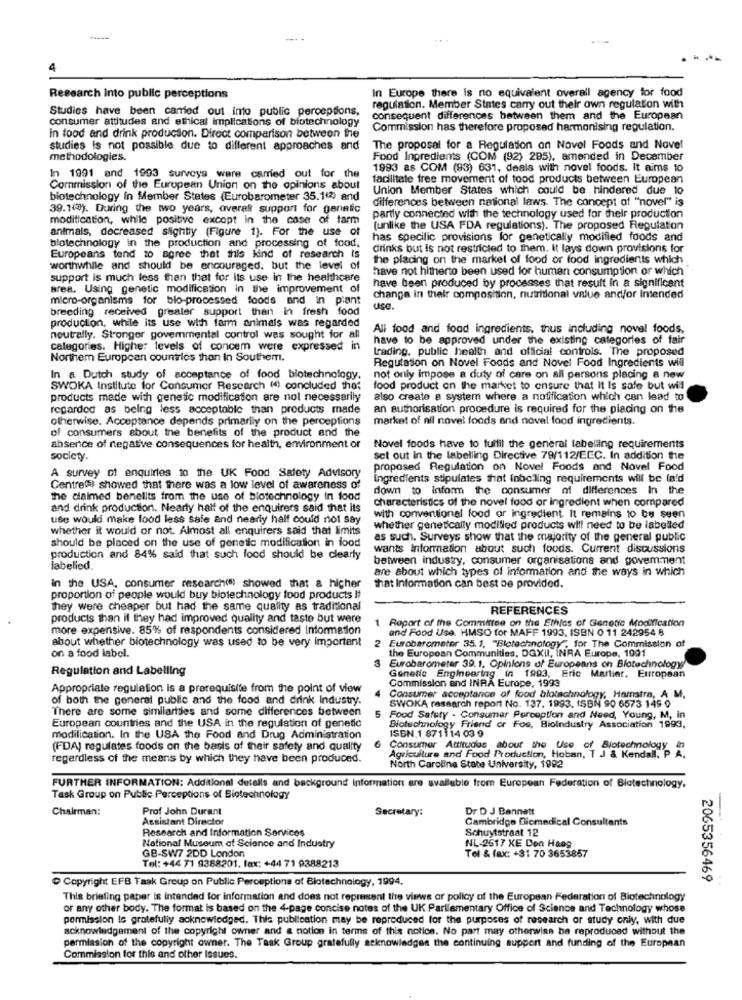
Research Into public perceptions
In Europe there is no equivalent overall agency for food
Studies have been carried out into public perceptions,
regulation. Member States carry out their own regulation with
consumer attitudes and ethical implications of biotechnology
consequent differences between them and the European
Commission has therefore proposed harmonising regulation.
in food and drink production. Direct comparison between the
studies is not possible due to different approaches and
The proposal for a Regulation on Novel Foods and Novel
methodologies.
Food Ingredients (COM (92) 285), amended in December
1993 as COM (93) 631, deals with novel foods. It aims to
In 1991 and 1993 surveys were carried out for the
facilitate free movement of tood products between European
Commission of the European Union on the opinions about
Union Member States which could be hindered due to
biotechnology in Member States (Eurobarometer 35.1(2) and
differences between national laws. The concept of "novel" is
39.1(3). During the two years, overalt support for ganafic
modification, while positive except in the case of farm
partly connected with the technology used for their production
animals, decreased slightly (Figure 1). For the use of
(unlike the USA FDA regulations). The proposed Regulation
blotechnology in the production and processing of food,
has specific provisions for genetically modified foods and
drinks but is not restricted to them. It lays down provisions for
Europeans tend to agree that this kind of research Is
the placing on the market of food or food ingredients which
worthwhile and should be encouraged, but the level of
have not hitherto been used for human consumption of which
support is much less than that for its use in the healthcare
area. Using genetic modification in the improvement of
have been produced by processes that result in a significant
micro-organisms for bio-processed foods and in piant
change in their composition, nutritional value and/or Intended
breeding received greater support than in fresh food
use.
production, while its use with farm animals was regarded
All food and food ingredients, thus including nova! foods,
neutrally. Stronger govemmental control was sought for all
have to be approved under the existing categories of fair
categories. Higher levels of concem were expressed in
trading, public health and official controls. The proposed
Northem European countries than In Southem.
Regulation on Novel Foods and Novel Food Ingredients will
In a Dutch study of acceptance of food biotechnology.
not only impose a duty of care on all persons placing a new
SWOKA Institute for Consumer Research (4) concluded the:
food product on the market to ensure that It Is safe but wil
products mede with genetic modification are not necessarily
also create a system where a notification which can lead to
regarded as being less acceptable than products made
an authorisation procedure is required for the placing on the
otherwise. Acceptance depends primarily on the perceptions
market of nil novet foods and novel food ingredients.
of consumers about the benefits of the product and the
absence of negative consequences for health, environment or
Novel foods have to fulfil the general labelling requirements
society.
set out in the labelling Directive 79/112/EEC. In addition the
proposed Regulation on Novel Foods and Novel Food
A survey of enquiries to the UK Food Safety Advisory
ingredients stipulates that fobcling requirements will be la'd
Centretsi showed that there was a low level of awareness of
down to inform the consumer of differences In the
the dialmed benelits from the use of biotechnology in food
characteristics of the novel food or ingredient when compared
and drink production. Nearly half of the enquirers said that its
use would make lood less sale and nearly half could not say
with conventional food or ingredient. It remains to be seen
whether it would or not. Almost all enquirers said that limits
whether genetically modified products will need to be labelled
should be placed on the use of genetic modification in food
as such. Surveys show that the majority of the general public
wants Information about such foods. Current discussions
production and 84% said that such food should be clearly
between industry, consumer organisations and govemment
labelled
are about which types of information and the ways in which
in the USA, consumer research(s) showed that a higher
that Information can best be provided.
proportion of people would buy biotechnology food products It
they were cheaper but had the same quality as traditional
REFERENCES
products than if they had improved quality and taste but were
1 Report of the Committee on the Ethics of Genetic Modification
more expensive. 85% of respondents considered information
and Food Use. HMSO for MAFF 1993, ISBN 0 11 242954 8
about whether biotechnology was used to be very important
2 Eurobarometer 35.1, "Blotechnology", for The Commission of
the European Communities, DGXII, INRA Europe, 1991
on a food label.
Regulation and Labelling
3 Eurobarometer 39.1. Opinions of Europeans on Biotechnology
Genetic Engineering in 1993, Eric Marlier, European
Commission and INRA Europe, 1993
Appropriate reguletion is a prerequisite from the point of view
of both the general public and the food and drink Industry.
Consumer acceptance of food biotechnology, Hamstra, A M.
There are some similarities and some differences between
SWOKA research report No. 137. 1993, ISBN 90 6573 149 0
Food Safety - Consumer Perception and Need, Young, M, in
European countries and the USA in the regulation of genetic
Biotechnology Friend or Foe, Bioindustry Association 1993.
ISBN,1 871114 03 9
modification. In the USA the Food and Drug Administration
(FDA) regulates foods on the basis of their safety and quality
Consumer Attitudes about the Use of Biotechnology in
regardless of the means by which they have been produced.
Agriculture and Food Production, Hoban, T J & Kendall, P. A.
North Carolina State University, 1992
FURTHER INFORMATION: Additional details and background Information are available from European Federation of Biotechnology.
Task Group on Public Perceptions of Biotechnology
Chairman:
Prof John Durant
Secretary:
Dr D J Bennett
Assistant Director
Cambridge Biomedical Consultants
Research and Information Services
Schuytstraat 12
National Museum of Science and Industry
NL-2617 XE Den Haag
Tel: +44 71 9388201. fax: +44 71 9388213
GB-SW7 2DD London
Tel & fax: +31 70 3653867
Copyright EFB Taak Group on Public Perceptions of Blotechnology, 1994.
2065356469
This briefing paper is intended for information and does not represent the views or policy of the European Federation of Biotechnology
or any other body. The format is based on the 4-page concise notes of the UK Parliamentary Office of Science and Technology whose
pormission is gratefuliy acknowledged. This publication may be reproduced for the purposes of research or study only, with due
acknowledgement of the copyright owner and a notion in terms of this notice. No part may otherwise be reproduced without the
permission of the copyright owner. The Task Group gratefully acknowledges the continuing support and funding of the European
Commission for this and other Issues.